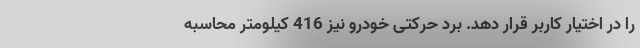
را در اختیار کاربر قرار دهد. برد حرکتی خودرو نیز 416 کیلومتر محاسبه